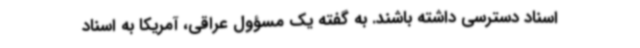
اسناد دسترسی داشته باشند. به گفته یک مسؤول عراقی، آمریکا به اسناد